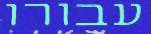
עבורו